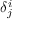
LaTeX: \delta _ { j } ^ { i }